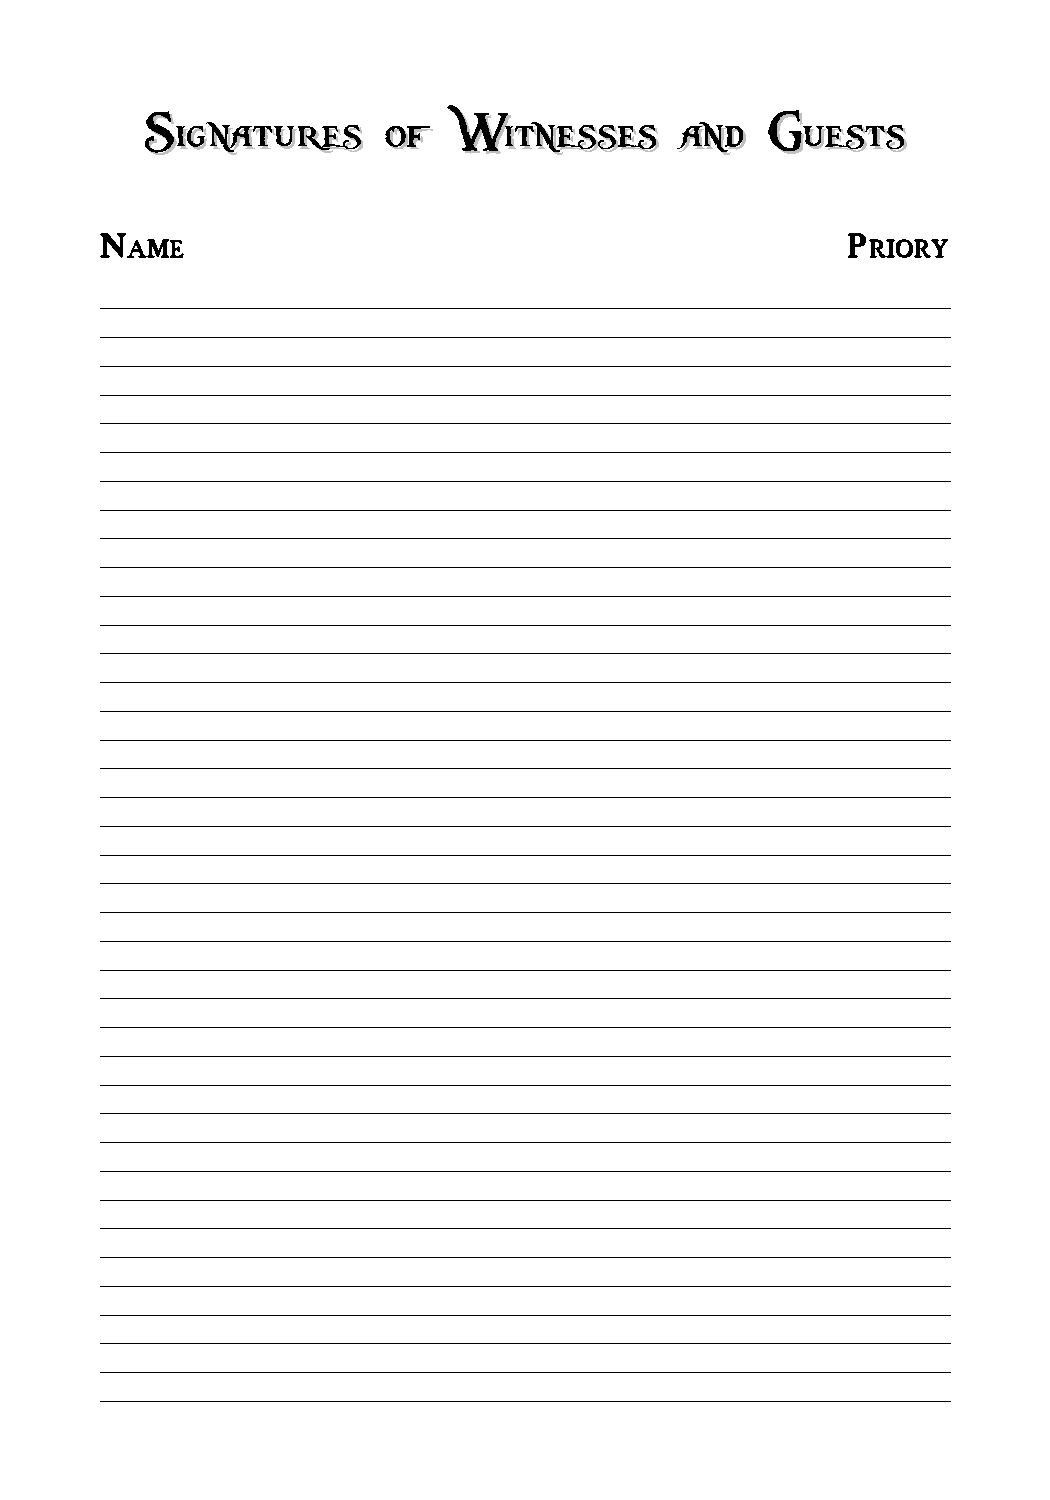
SSiiggnnaattuurreess ooff WWiittnneesssseess aanndd GGuueessttss
 N                                                P
 AME                                               RIORY
 ____________________________________________________________________
 ____________________________________________________________________
 ____________________________________________________________________
 ____________________________________________________________________
 ____________________________________________________________________
 ____________________________________________________________________
 ____________________________________________________________________
 ____________________________________________________________________
 ____________________________________________________________________
 ____________________________________________________________________
 ____________________________________________________________________
 ____________________________________________________________________
 ____________________________________________________________________
 ____________________________________________________________________
 ____________________________________________________________________
 ____________________________________________________________________
 ____________________________________________________________________
 ____________________________________________________________________
 ____________________________________________________________________
 ____________________________________________________________________
 ____________________________________________________________________
 ____________________________________________________________________
 ____________________________________________________________________
 ____________________________________________________________________
 ____________________________________________________________________
 ____________________________________________________________________
 ____________________________________________________________________
 ____________________________________________________________________
 ____________________________________________________________________
 ____________________________________________________________________
 ____________________________________________________________________
 ____________________________________________________________________
 ____________________________________________________________________
 ____________________________________________________________________
 ____________________________________________________________________
 ____________________________________________________________________
 ____________________________________________________________________
 ____________________________________________________________________
 ____________________________________________________________________